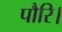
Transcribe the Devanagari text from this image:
पौरि।